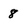
Character: 8